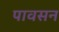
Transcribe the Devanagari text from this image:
पावसन